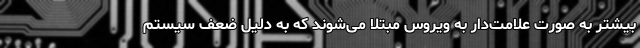
بیشتر به صورت علامت‌دار به ویروس مبتلا می‌شوند که به دلیل ضعف سیستم